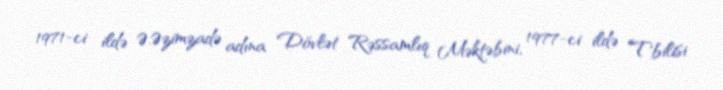
1971-ci ildə Ə.Əzimzadə adına Dövlət Rəssamlıq Məktəbini, 1977-ci ildə Tbilisi